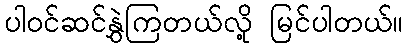
ပါဝင်ဆင်နွှဲကြတယ်လို့ မြင်ပါတယ်။